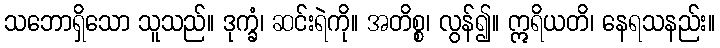
သဘောရှိသော သူသည်။ ဒုက္ခံ၊ ဆင်းရဲကို။ အတိစ္စ၊ လွန်၍။ ဣရိယတိ၊ နေရသနည်း။